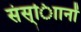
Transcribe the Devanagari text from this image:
संस्ािानों